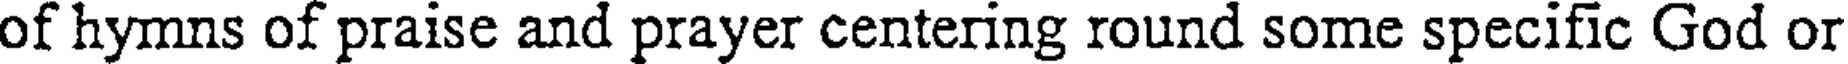
of hymns of praise and prayer centering round some specific God or